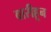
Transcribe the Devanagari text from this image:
वारीहून